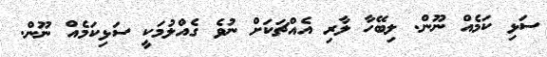
ސަޅި ކަމެއް ނޫން. ލިބޭހާ ލާރި އެއްޗަކަށް ނުވެ ގެއްލުމަކީ ސަޅިކަމެއް ނޫން.